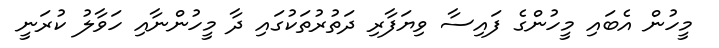
މީހުން އެބައި މީހުންގެ ފައިސާ ވިޔަފާރި ދަތުރުތަކުގައި ދާ މީހުންނާއި ހަވާލު ކުރަނީ